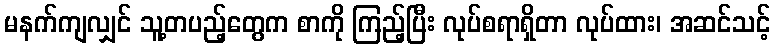
မနက်ကျလျှင် သူ့တပည့်တွေက စာကို ကြည့်ပြီး လုပ်စရာရှိတာ လုပ်ထား၊ အဆင်သင့်